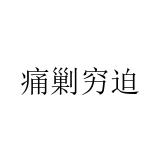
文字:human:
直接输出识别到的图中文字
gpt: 痛剿穷迫